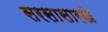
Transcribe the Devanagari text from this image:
सरसासारखे